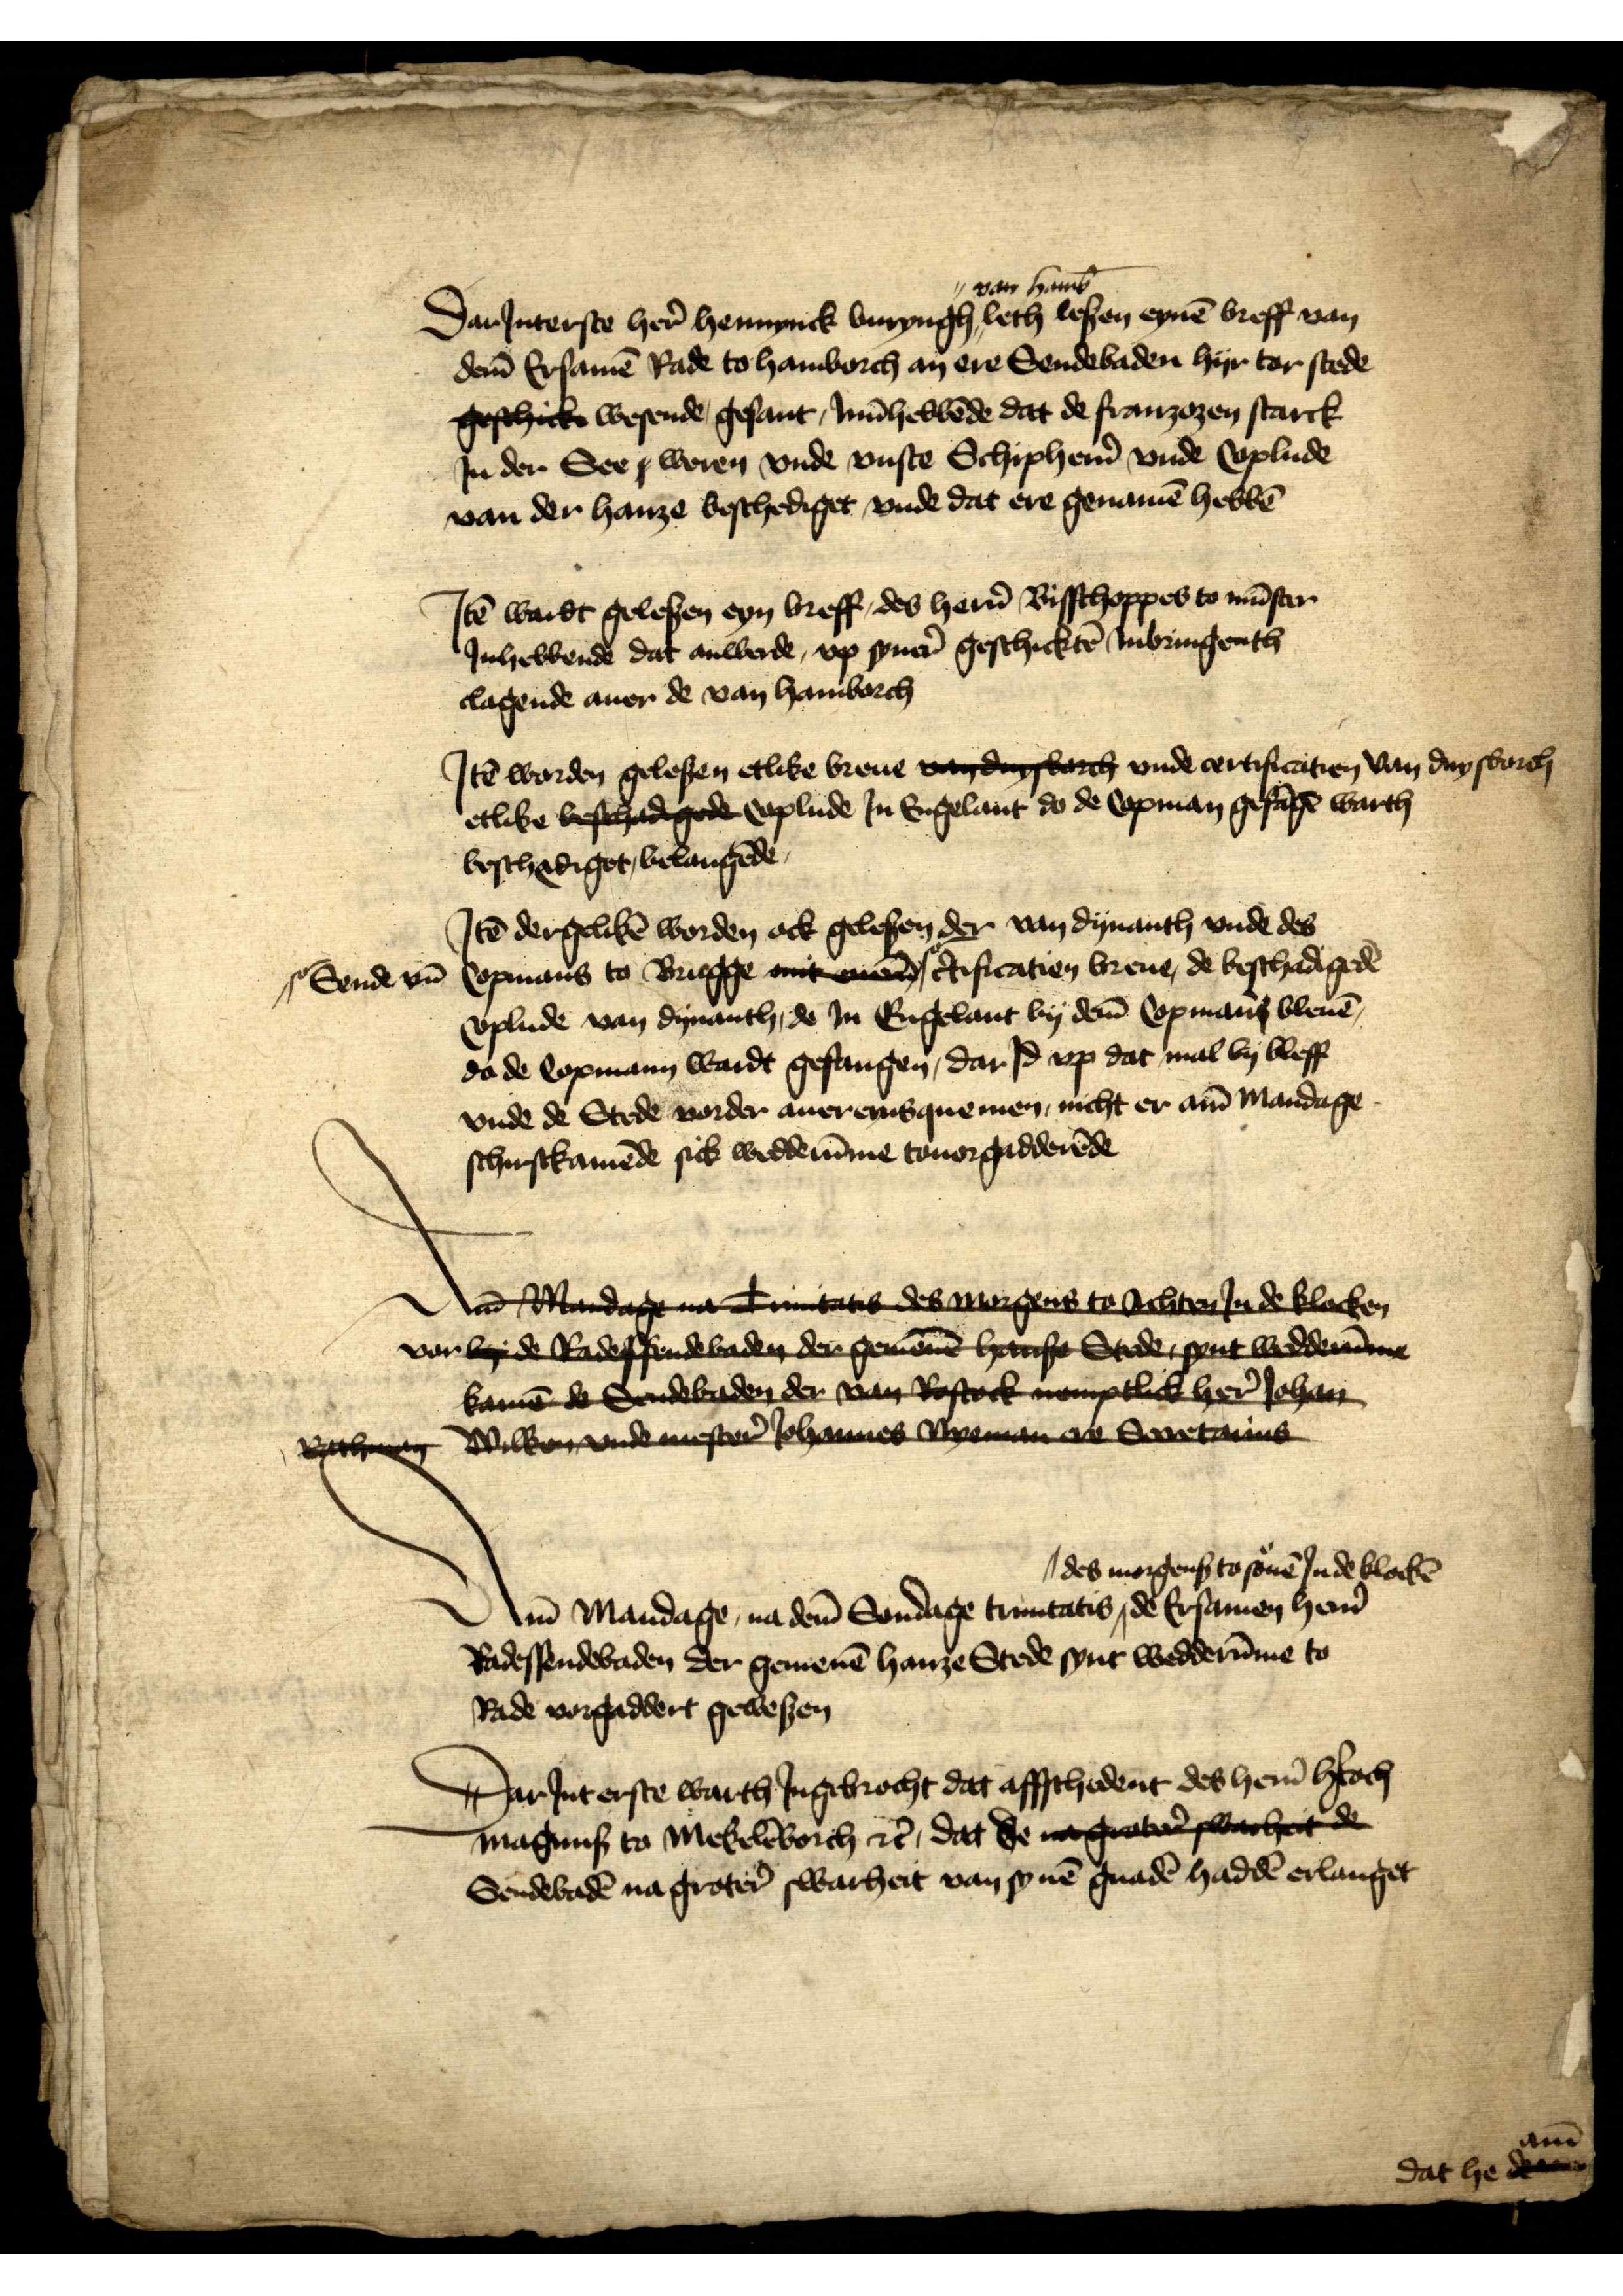
Dar Jnterste her̉ Hennynck Buryngh van Hamb̄ leth lesen eynē breff van
dem̄ Ersamē Rade to Hamborch an ere Sendebaden hyr tor stede
geschick wesende gesant, Jnn̄hebbēde dat de franzozen starck
Jn der See woren vnde vnste Schipher̉n vnde Coplude
van der hanze beschediget, vnde dat ere genamē hebbē

Jꝷ wardt gelesen eyn breff, des her̉n Bisschoppes to Mūster
Jnhebbende dat anwerde, vp syner̉ geschicktē Jnbringenth
clagende auer de van Hamborch

Jꝷ worden gelesen etlike breue va dagborch vnde certificatien van Duysborch
etlike beschadigede Coplude Jn Engelant do de Copman gefāgē warth
beschediget, belangēde

Jtē dergelikē worden ock gelesen der van Dynanth vnde des
Copmans to Brugge mit ener |o- c̉tificatien breue, de beschadigedē
Coplude van Dyuanth, de Jn Engelant by dem̄ Copmans bleuē
da de Copmann wardt gefangen, dar Jd vp dat mal by bleff
vnde de Stede vorder auer eyns quemen, nicht er am Mandage
schirsckamēde sick wedderūme touorgadderēde

Jtē dergelikē worden ock gelesen der van Dynanth vnde des
|o- Sende vn̄

Aa lardage na Tuntatit debwergers te tbber Rade Clocken
vor lede Radesendebaden de geenēen harse Stede gert wedev 
kam Sondebaden der van Rostock nmlick hern Johant 
Wilke vnde mester sohannes Cyrman e beretains
Rach

Am Mandage na dem̄ Sondage trinitatis des morgens to souē in de klockē der Ersamen her̉n
Radessendebaden der gemenē hanze Stede synt wedderūme to
Rade vorgaddert gewesen

Dar Jnt erste warth Jngebrocht dat affschedent des her̉n hꝬtoch
Magnus to Mekelēborch et̉, dat de ngatwachet de
Sendebadē na groter̉ swarheit van synē gnadē haddē erlanget

dat he am̄